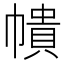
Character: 𭘵